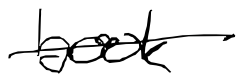
Text: book
Cross-out: single-line
Writing tool: digital_black